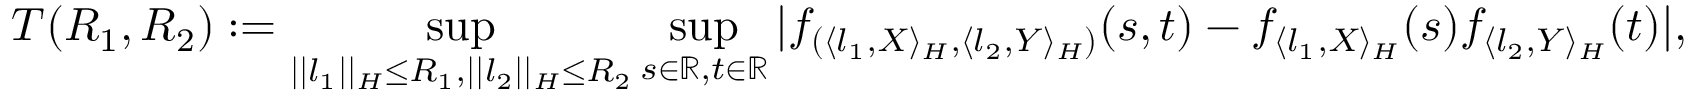
T ( R _ { 1 } , R _ { 2 } ) : = \operatorname* { s u p } _ { | | l _ { 1 } | | _ { { \cal { H } } } \leq R _ { 1 } , | | l _ { 2 } | | _ { { \cal { H } } } \leq R _ { 2 } } \operatorname* { s u p } _ { s \in \mathbb { R } , t \in \mathbb { R } } | f _ { ( \langle l _ { 1 } , X \rangle _ { { \cal { H } } } , \langle l _ { 2 } , Y \rangle _ { { \cal { H } } } ) } ( s , t ) - f _ { \langle l _ { 1 } , X \rangle _ { { \cal { H } } } } ( s ) f _ { \langle l _ { 2 } , Y \rangle _ { { \cal { H } } } } ( t ) | ,